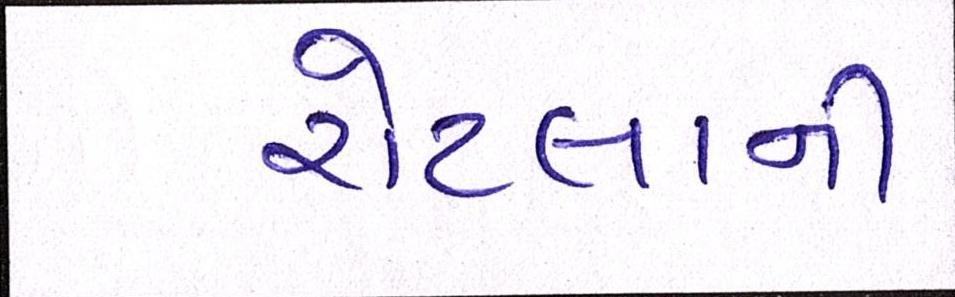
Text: રોટલાની